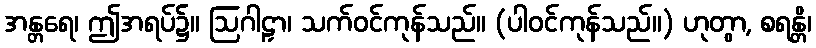
အန္တရေ၊ ဤအရပ်၌။ ဩဂါဠှာ၊ သက်ဝင်ကုန်သည်။ (ပါဝင်ကုန်သည်။) ဟုတွာ, စရန္တိ၊